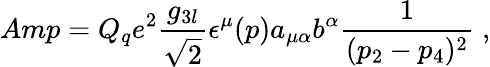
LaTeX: Amp=Q_{q}e^{2}{\frac{g_{3l}}{\sqrt 2}}\epsilon^{\mu}(p)a_{\mu\alpha}b^{\alpha}{\frac{1}{(p_{2}-p_{4})^{2}}}\; ,